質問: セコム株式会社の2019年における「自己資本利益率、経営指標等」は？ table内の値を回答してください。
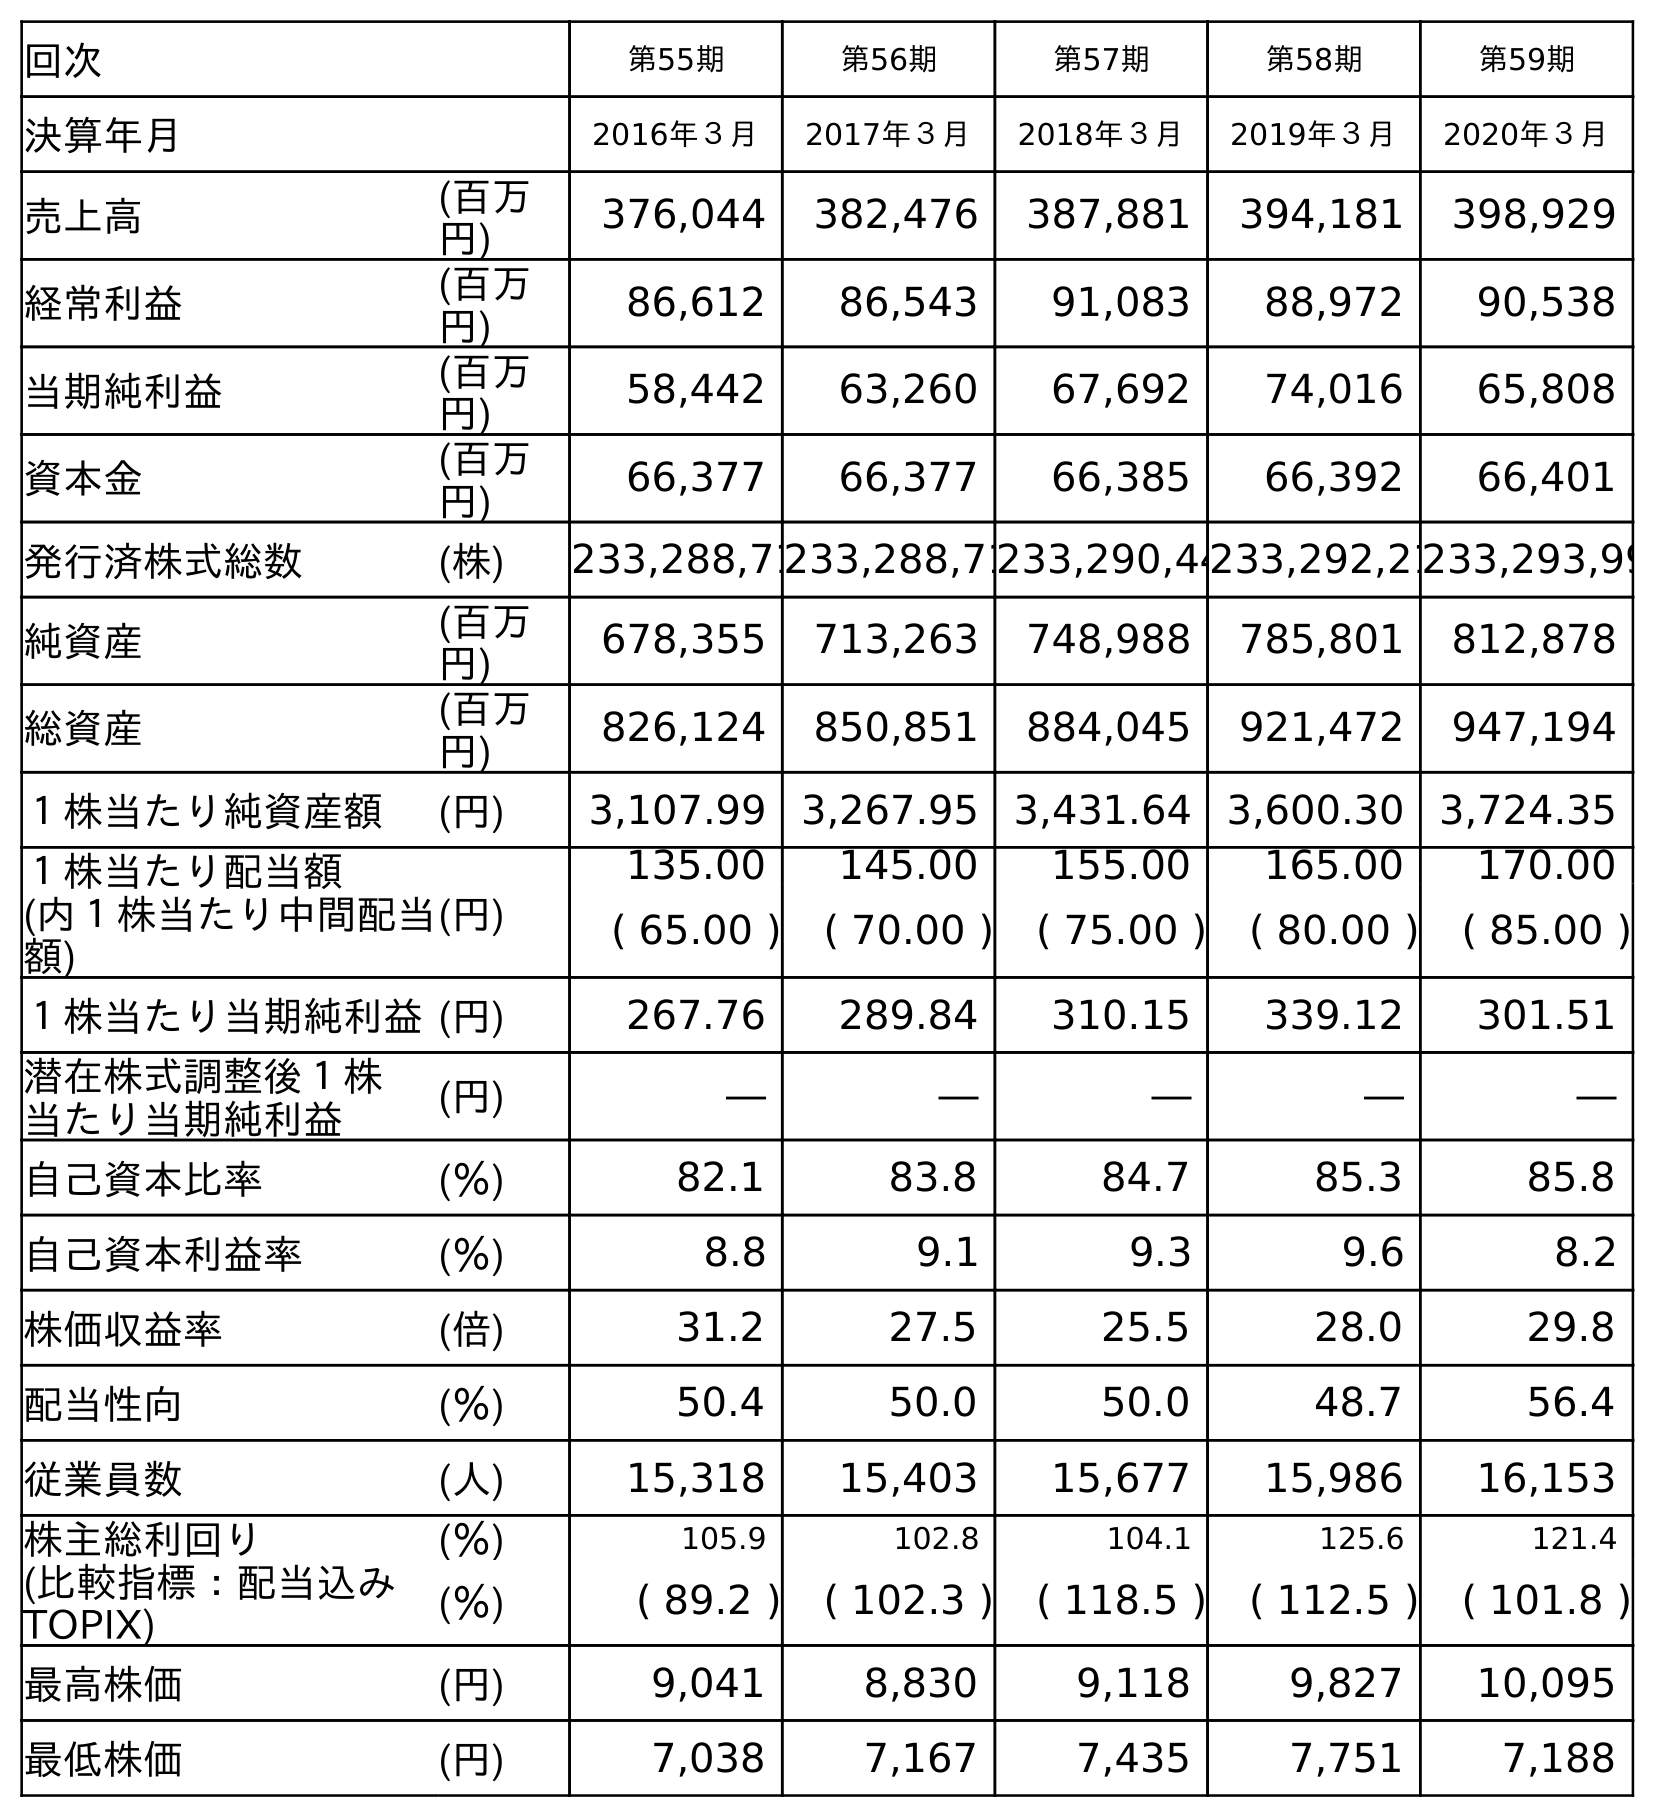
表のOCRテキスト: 回次 第55期 第56期 第57期 第58期 第59期 決算年月 2016年３月 2017年３月 2018年３月 2019年３月 2020年３月 売上高 (百万 円) 376,044 382,476 387,881 394,181 398,929 経常利益 (百万 円) 86,612 86,543 91,083 88,972 90,538 当期純利益 (百万 円) 58,442 63,260 67,692 74,016 65,808 資本金 (百万 円) 66,377 66,377 66,385 66,392 66,401 発行済株式総数 (株) 233,288,71233,288,71233,290,44233,292,21233,293,99 純資産 (百万 円) 678,355 713,263 748,988 785,801 812,878 総資産 (百万 円) 826,124 850,851 884,045 921,472 947,194 １株当たり純資産額 (円) 3,107.99 3,267.95 3,431.64 3,600.30 3,724.35 １株当たり配当額 (内１株当たり中間配当 額) (円) 135.00 145.00 155.00 165.00 170.00 ( 65.00 ) ( 70.00 ) ( 75.00 ) ( 80.00 ) ( 85.00 ) １株当たり当期純利益(円) 267.76 289.84 310.15 339.12 301.51 潜在株式調整後１株 当たり当期純利益 (円) ― ― ― ― ― 自己資本比率 (％) 82.1 83.8 84.7 85.3 85.8 自己資本利益率 (％) 8.8 9.1 9.3 9.6 8.2 株価収益率 (倍) 31.2 27.5 25.5 28.0 29.8 配当性向 (％) 50.4 50.0 50.0 48.7 56.4 従業員数 (人) 15,318 15,403 15,677 15,986 16,153 株主総利回り (％) 105.9 102.8 104.1 125.6 121.4 (比較指標：配当込み TOPIX) (％) ( 89.2 ) ( 102.3 ) ( 118.5 ) ( 112.5 ) ( 101.8 ) 最高株価 (円) 9,041 8,830 9,118 9,827 10,095 最低株価 (円) 7,038 7,167 7,435 7,751 7,188
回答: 9.6